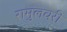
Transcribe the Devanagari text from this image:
रामुलवरी